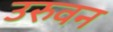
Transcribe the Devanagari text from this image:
उरुवन